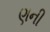
ણની